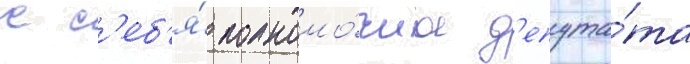
с с'еб'я́ полномо́чиа д'епута́та